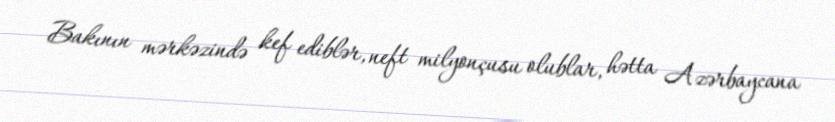
Bakının mərkəzində kef ediblər, neft milyonçusu olublar, hətta Azərbaycana